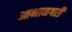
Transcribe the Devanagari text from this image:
आभानगरी